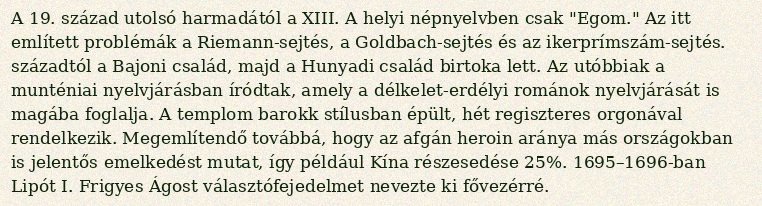
A 19. század utolsó harmadától a XIII. A helyi népnyelvben csak "Egom." Az itt említett problémák a Riemann-sejtés, a Goldbach-sejtés és az ikerprímszám-sejtés. századtól a Bajoni család, majd a Hunyadi család birtoka lett. Az utóbbiak a munténiai nyelvjárásban íródtak, amely a délkelet-erdélyi románok nyelvjárását is magába foglalja. A templom barokk stílusban épült, hét regiszteres orgonával rendelkezik. Megemlítendő továbbá, hogy az afgán heroin aránya más országokban is jelentős emelkedést mutat, így például Kína részesedése 25%. 1695–1696-ban Lipót I. Frigyes Ágost választófejedelmet nevezte ki fővezérré.